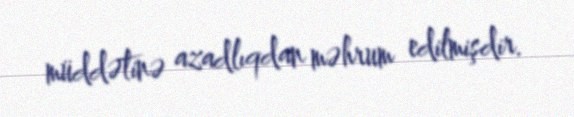
müddətinə azadlıqdan məhrum edilmişdir.